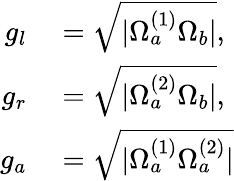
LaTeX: \begin{array}{rl}{g_{l}}&{{}=\sqrt{|\Omega_{a}^{(1)}\Omega_{b}|},}\\ {g_{r}}&{{}=\sqrt{|\Omega_{a}^{(2)}\Omega_{b}|},}\\ {g_{a}}&{{}=\sqrt{|\Omega_{a}^{(1)}\Omega_{a}^{(2)}|}}\end{array}